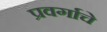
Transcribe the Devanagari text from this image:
प्रवर्गाचे